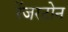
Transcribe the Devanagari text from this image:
रेंजरटोन